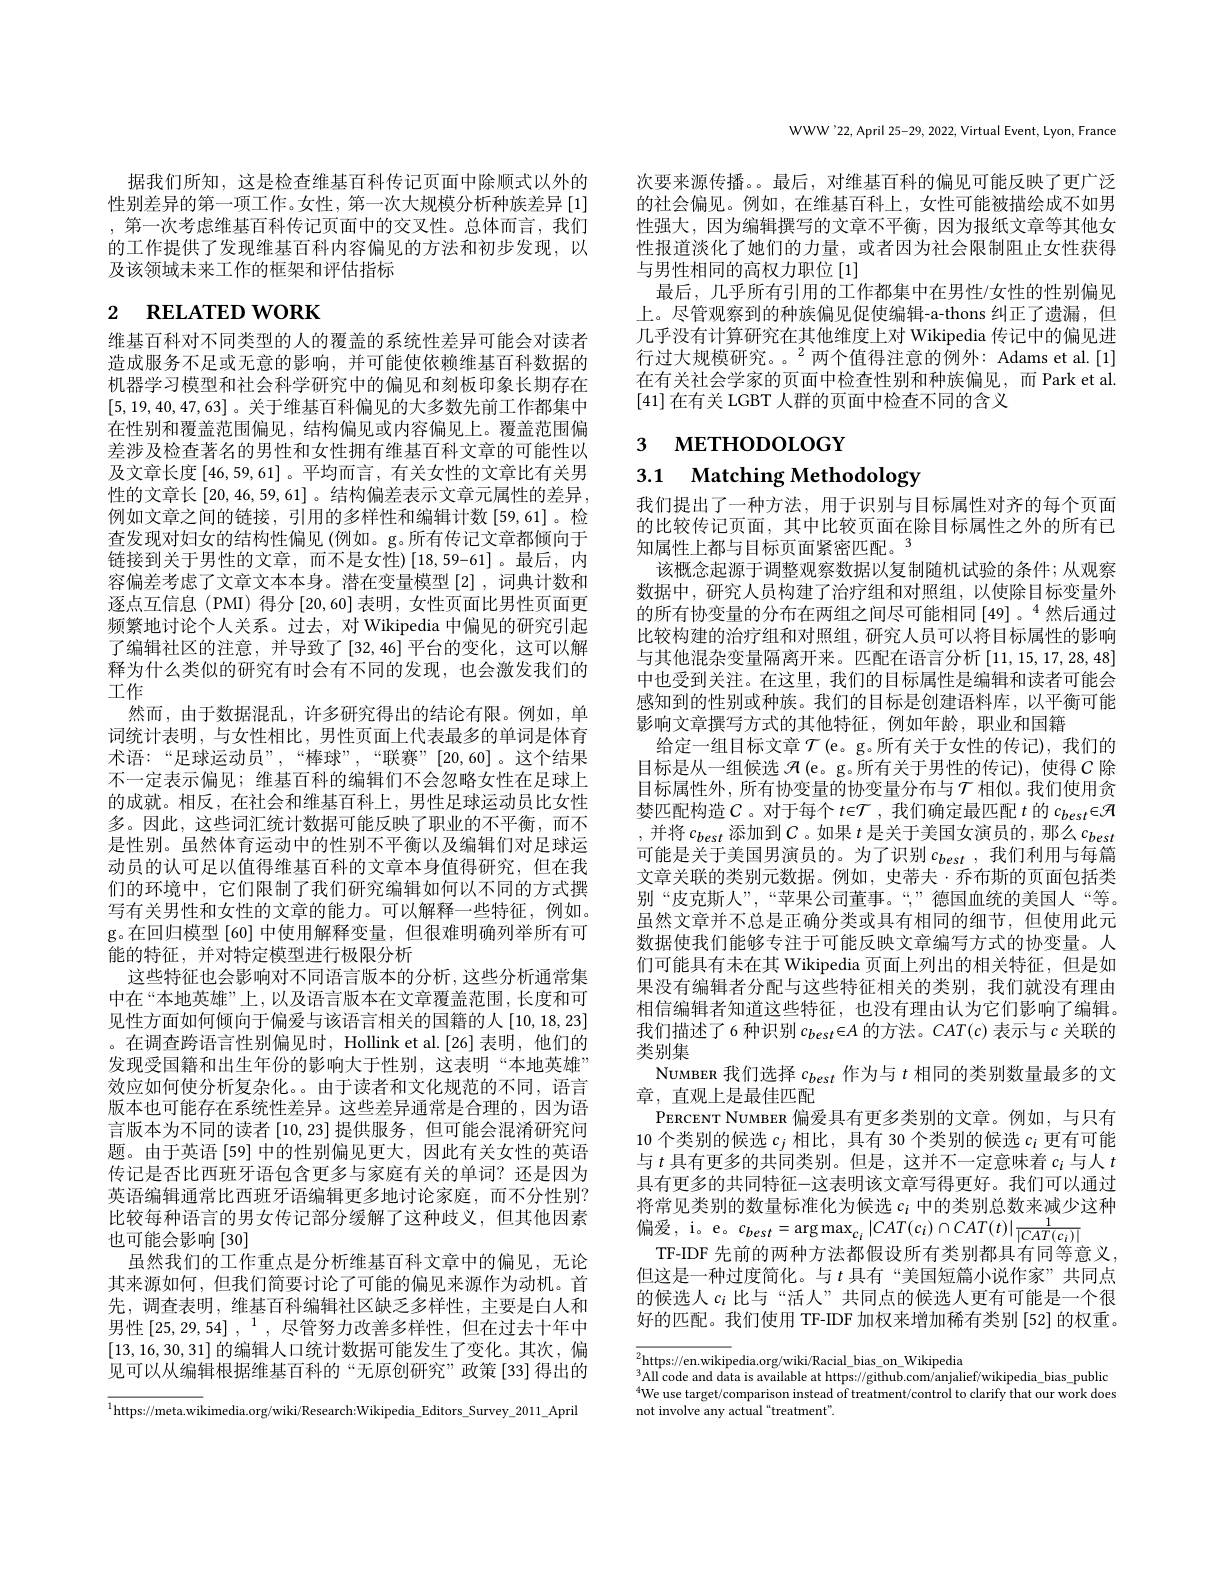
据我们所知，这是检查维基百科传记页面中除顺式以外的性别差异的第一项工作。女性，第一次大规模分析种族差异[1] ,第一次考虑维基百科传记页面中的交叉性。总体而言，我们的工作提供了发现维基百科内容偏见的方法和初步发现，以及该领域未来工作的框架和评估指标

# $_{2}$ RELATED WORK

维基百科对不同类型的人的覆盖的系统性差异可能会对读者造成服务不足或无意的影响，并可能使依赖维基百科数据的机器学习模型和社会科学研究中的偏见和刻板印象长期存在[5,19,40,47,63] 。关于维基百科偏见的大多数先前工作都集中在性别和覆盖范围偏见，结构偏见或内容偏见上。覆盖范围偏差涉及检查著名的男性和女性拥有维基百科文章的可能性以及文章长度[46,59,61] 。平均而言 , 有关女性的文章比有关男性的文章长 [20,46,59,61] 。结构偏差表示文章元属性的差异， 例如文章之间的链接，引用的多样性和编辑计数[59,61]。检查发现对妇女的结构性偏见 (例如。g。所有传记文章都倾向于链接到关于男性的文章，而不是女性)[18,59-61]。最后，内容偏差考虑了文章文本本身。潜在变量模型[2],词典计数和逐点互信息(PMI)得分[20,60]表明，女性页面比男性页面更频繁地讨论个人关系。过去，对 Wikipedia 中偏见的研究引起了编辑社区的注意，并导致了[32,46]平台的变化，这可以解释为什么类似的研究有时会有不同的发现，也会激发我们的工作
然而，由于数据混乱，许多研究得出的结论有限。例如，单词统计表明，与女性相比，男性页面上代表最多的单词是体育术语：“足球运动员”,“棒球”,“联赛””[20,60]。这个结果不一定表示偏见；维基百科的编辑们不会忽略女性在足球上的成就。相反，在社会和维基百科上，男性足球运动员比女性多。因此，这些词汇统计数据可能反映了职业的不平衡，而不是性别。虽然体育运动中的性别不平衡以及编辑们对足球运动员的认可足以值得维基百科的文章本身值得研究，但在我们的环境中，它们限制了我们研究编辑如何以不同的方式撰写有关男性和女性的文章的能力。可以解释一些特征，例如。g。在回归模型[60] 中使用解释变量，但很难明确列举所有可能的特征，并对特定模型进行极限分析
这些特征也会影响对不同语言版本的分析，这些分析通常集中在“本地英雄”上，以及语言版本在文章覆盖范围，长度和可见性方面如何倾向于偏爱与该语言相关的国籍的人[10,18,23] 。在调查跨语言性别偏见时，Hollink et al.[26] 表明，他们的发现受国籍和出生年份的影响大于性别，这表明“本地英雄” 效应如何使分析复杂化。由于读者和文化规范的不同，语言版本也可能存在系统性差异。这些差异通常是合理的，因为语言版本为不同的读者[10,23]提供服务 , 但可能会混淆研究问题。由于英语 [59] 中的性别偏见更大，因此有关女性的英语传记是否比西班牙语包含更多与家庭有关的单词？还是因为英语编辑通常比西班牙语编辑更多地讨论家庭，而不分性别？ 比较每种语言的男女传记部分缓解了这种歧义，但其他因素也可能会影响[30]
虽然我们的工作重点是分析维基百科文章中的偏见，无论其来源如何，但我们简要讨论了可能的偏见来源作为动机。首先，调查表明，维基百科编辑社区缺乏多样性，主要是白人和男性$\left[25,29,54\right],^1$,尽管努力改善多样性，但在过去十年中[13,16,30,31]的编辑人口统计数据可能发生了变化。其次，偏见可以从编辑根据维基百科的“无原创研究”政策[33]得出的$^{1}$https://meta.wikimedia.org/wiki/Research:Wikipedia\_Editors\_Survey\_2011\_April

WWW'22,April 25-29, 2022, Virtual Event, Lyon, France

次要来源传播。。最后，对维基百科的偏见可能反映了更广泛的社会偏见。例如，在维基百科上，女性可能被描绘成不如男性强大，因为编辑撰写的文章不平衡，因为报纸文章等其他女性报道淡化了她们的力量，或者因为社会限制阻止女性获得与男性相同的高权力职位[1]
最后，几乎所有引用的工作都集中在男性/女性的性别偏见上。尽管观察到的种族偏见促使编辑-a-thons 纠正了遗漏，但几乎没有计算研究在其他维度上对 Wikipedia 传记中的偏见进行过大规模研究。。$^2$两个值得注意的例外：Adams et al.[1] 在有关社会学家的页面中检查性别和种族偏见，而Park et al. [41]在有关 LGBT 人群的页面中检查不同的含义

3 метноросоєт

3.1 Matching Methodology

我们提出了一种方法，用于识别与目标属性对齐的每个页面的比较传记页面，其中比较页面在除目标属性之外的所有已知属性上都与目标页面紧密匹配。$^{3}$
该概念起源于调整观察数据以复制随机试验的条件；从观察数据中，研究人员构建了治疗组和对照组，以使除目标变量外的所有协变量的分布在两组之间尽可能相同 [49] 。$^{4}$然后通过比较构建的治疗组和对照组，研究人员可以将目标属性的影响与其他混杂变量隔离开来。匹配在语言分析[11,15,17,28,48] 中也受到关注。在这里，我们的目标属性是编辑和读者可能会感知到的性别或种族。我们的目标是创建语料库，以平衡可能影响文章撰写方式的其他特征，例如年龄，职业和国籍
给定一组目标文章$\mathcal{T} \left ( \mathrm{e。g. }\text{所 有 关 于 女 性 的 传 记 ) , 我 们 的 }\right )$ 目标是从一组候选$\mathcal{H} \left ( \mathrm{e} \text{。g。所 有 关 于 男 性 的 传 记 ) , 使 得 }C\text{ 除 }\right .$ 目标属性外，所有协变量的协变量分布与$\mathcal{T}$ 相似。我们使用贪梦匹配构造$C$。对于每个$t\in\mathcal{T}$,我们确定最匹配$t$的$c_best\in\mathcal{H}$ ,并将$c_best$ 添加到$C$。如果 $t$ 是关于美国女演员的，那么$c_best$ 可能是关于美国男演员的。为了识别$c_{best}$ ,我们利用与每篇文章关联的类别元数据。例如，史蒂夫·乔布斯的页面包括类别“皮克斯人”,“苹果公司董事。“”德国血统的美国人“等。虽然文章并不总是正确分类或具有相同的细节，但使用此元数据使我们能够专注于可能反映文章编写方式的协变量。人们可能具有未在其 Wikipedia 页面上列出的相关特征，但是如果没有编辑者分配与这些特征相关的类别，我们就没有理由相信编辑者知道这些特征，也没有理由认为它们影响了编辑。我们描述了6 种识别$c_best\in A$的方法。$CAT(c)$表示与$c$关联的类别集
Nuмвея 我们选择$c_best$作为与$t$相同的类别数量最多的文
章，直观上是最佳匹配
PERCENT NUMBER 偏爱具有更多类别的文章。例如，与只有10 个类别的候选$c_j$相比，具有 30 个类别的候选$c_i$更有可能与$t$具有更多的共同类别。但是，这并不一定意味着$c_i$与人$t$ 具有更多的共同特征-这表明该文章写得更好。我们可以通过将常见类别的数量标准化为候选$c_i$中的类别总数来减少这种偏 爱 , i。e。$c_{best}= \arg \max _{c_{i}}| CAT( c_{i}) \cap CAT( t) | \frac 1{| CAT( c_{i}) | }$ an mor u 立 在 在 大 地 tru tu urt tre wul tu tu t $+ \square \%$
TF-IDF 先前的两种方法都假设所有类别都具有同等意义， 但这是一种过度简化。与$t$具有“美国短篇小说作家”共同点的候选人$c_i$比与“活人”共同点的候选人更有可能是一个很好的匹配。我们使用 TF-IDF 加权来增加稀有类别 [52] 的权重。

$\overline{{^2}}$https://en.wikipedia.org/wiki/Racial\_bias\_on\_Wikipedia
$^3$All code and data is available at https://github.com/anjalief/wikipedia\_bias\_public $^{4}$We use target/comparison instead of treatment/control to clarify that our work does not involve any actual“treatment”.